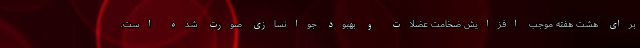
برای هشت هفته موجب افزایش ضخامت عضلات و بهبود جوانسازی صورت شده است.